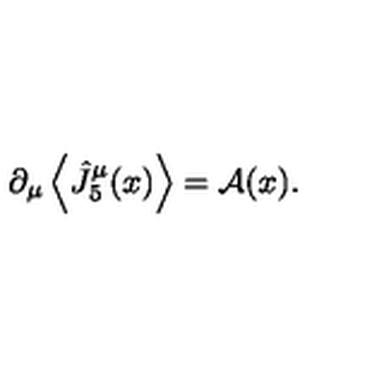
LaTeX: \partial _ { \mu } \left\langle \hat { J } _ { 5 } ^ { \mu } ( x ) \right\rangle = { \cal A } ( x ) .